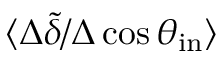
\langle \Delta \tilde { \delta } / \Delta \cos \theta _ { \mathrm { i n } } \rangle